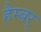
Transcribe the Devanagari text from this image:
हैम्बर्